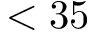
< 3 5